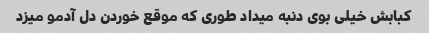
کبابش خیلی بوی دنبه میداد طوری که موقع خوردن دل آدمو میزد